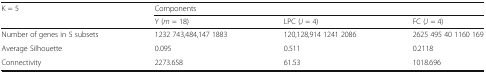
<table><thead><tr><td><b>K = 5</b></td><td colspan="3"><b>Components</b></td></tr><tr><td></td><td><b>Y (<i>m</i> = 18)</b></td><td><b>LPC (<i>J</i> = 4)</b></td><td><b>FC (<i>J</i> = 4)</b></td></tr></thead><tbody><tr><td>Number of genes in 5 subsets</td><td>1232 743,484,147 1883</td><td>120,128,914 1241 2086</td><td>2625 495 40 1160 169</td></tr><tr><td>Average Silhouette</td><td>0.095</td><td>0.511</td><td>0.2118</td></tr><tr><td>Connectivity</td><td>2273.658</td><td>61.53</td><td>1018.696</td></tr></tbody></table>